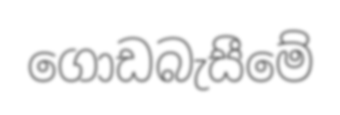
ගොඩබැසීමේ